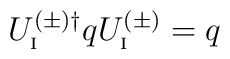
U_{\rm\scriptscriptstyle I}^{(\pm)\dagger} q U_{\rm\scriptscriptstyle I}^{(\pm)} = q